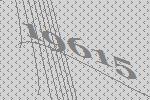
19615